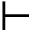
\vdash